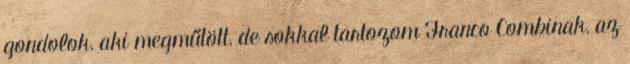
gondolok, aki megműtött, de sokkal tartozom Franco Combinak, az